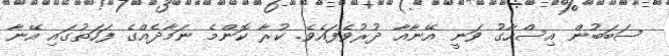
ސަބަބުން އިސްހާގު ވަނީ އޭނާއާ ދުރުވެފައެވެ. ކުރާ ކޮންމެ ނަމާދެއްގެ ފަހަތުގައި އޭނާ